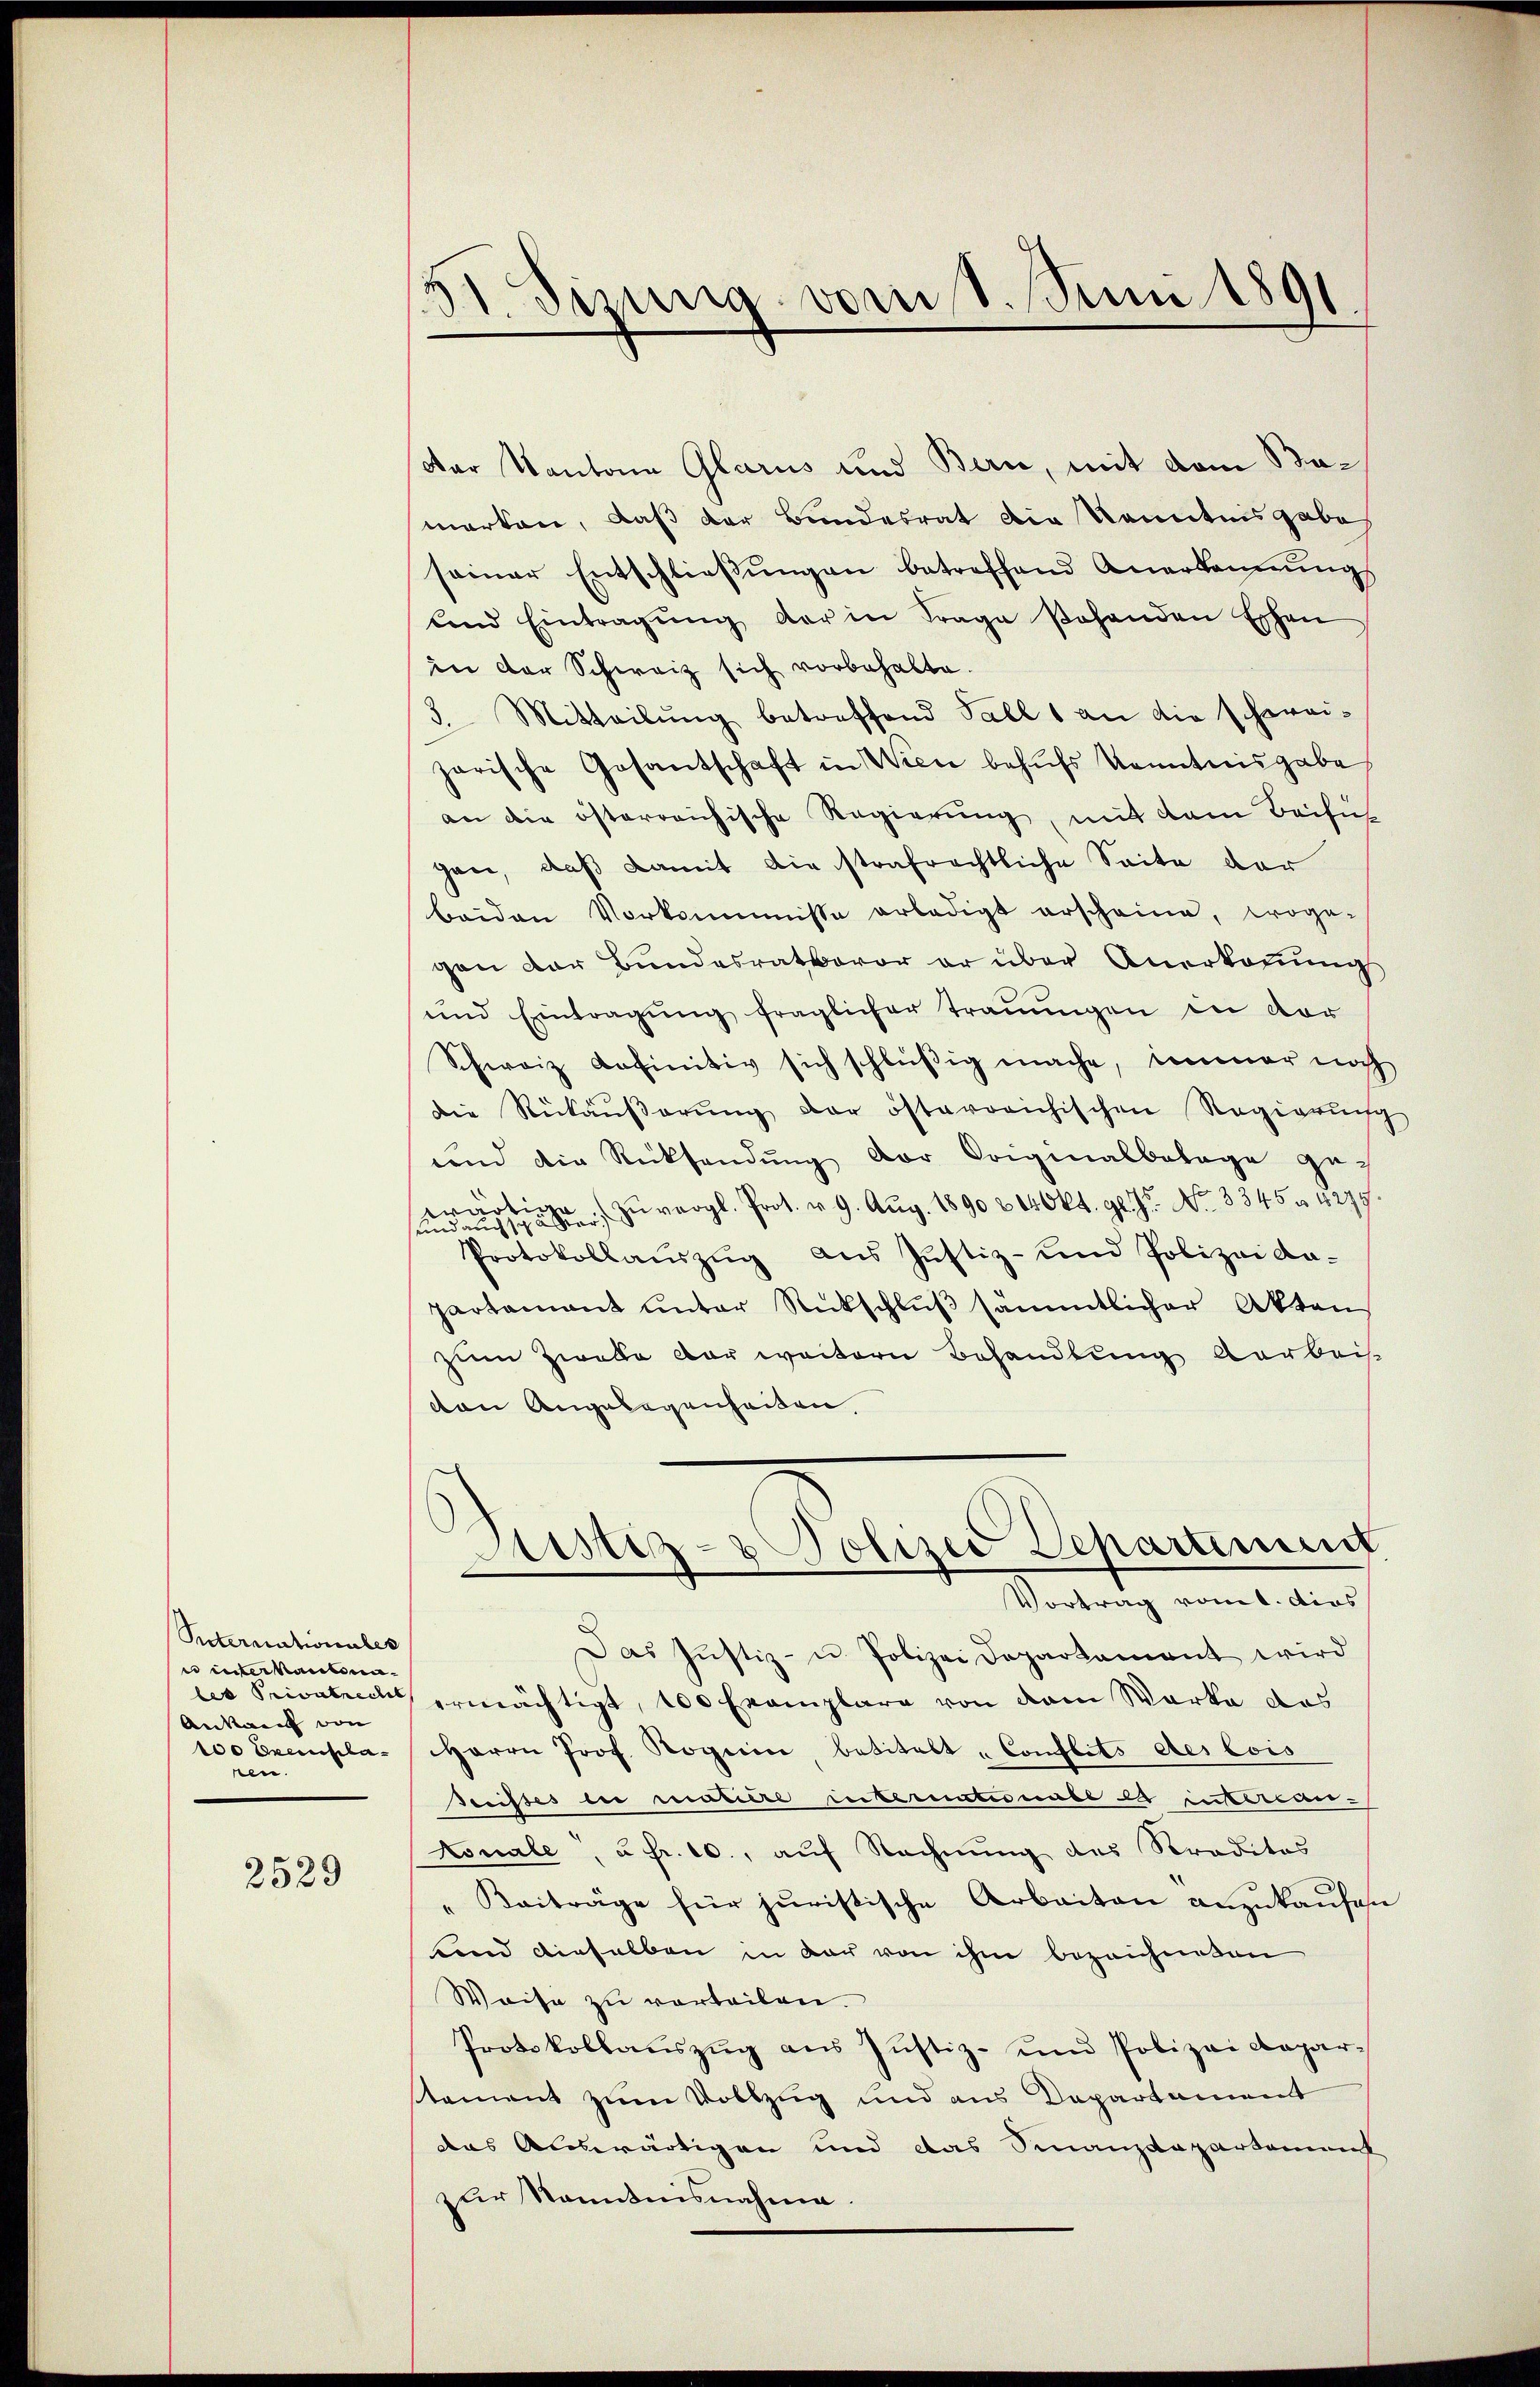
Suternationales
e unter kantona
Ankauf von
100 Exemplaren.

2529

51. dizung vom 1. Juni 1891

Der Kantone Glarus und Bern, mit dem Bamarken, daß der Bundesrat die Kenntnisgabe
seiner Entschließungen betreffend Anerkennungs
ŭnd Eintragŭng der in Frage sehenden Eschen
in der Schweiz sich vorbehalte.
3. Mitteilung betreffend Pall 1 an die schweiparische Gesantschaft in Wien behŭfs Kenntnisgabe
an die österreichische Regierung, mit dem Beifüh
gan, daß damit die strafrechtliche Seite der
beiden Vorkommisse erledigt erscheine, woge-
gen der Bundesratbevor er über Anerkennungs
und Eintragŭng fraglicher traŭŭngen in vor
Schweiz definitiv sich schlüßig mache, immer noch
Die Rückäŭβerŭng der österreichischen Regierun
und die Rücksendŭng der Originalbelage ge-
senden eine an der zŭ vergl. Prot. v. 9. Aug. 1890 & 14 Okt. gl. Fr. No. 3345. 4277.
Protokollauszug aus Justiz- und Polizei da-
partamant unter Rückschluß sämmtlicher Akten
zum Zwelle vor weitern Behandlung Aarbeis
ton Angelegenheiten.
Justiz- & Polizei Departinunt
Vortrag vom 1. dies
Das Justiz- u. Polizei Departament wird
les Privateil ermächtigt, 100 Exemplare von dem Werke das
Herrn Prof. Roguin betitelt „Conflits des lois
seeistes bei restiere inberationall es inssteuer-
Konale, u. fr. 10., auf Rechnung des Kreditos
" Beiträge für juristische Arbeiten anzukaufes.
bend dieselben in der von ihm bezeichneten
Weise zu vorteilen.
Protokollaŭszŭg aŭs Justiz- und Polizeidepar-
tement zum Vollzug und aus Departament
das Auswärtigen und das Finanzdepartement
zur Kenntnisnahme.